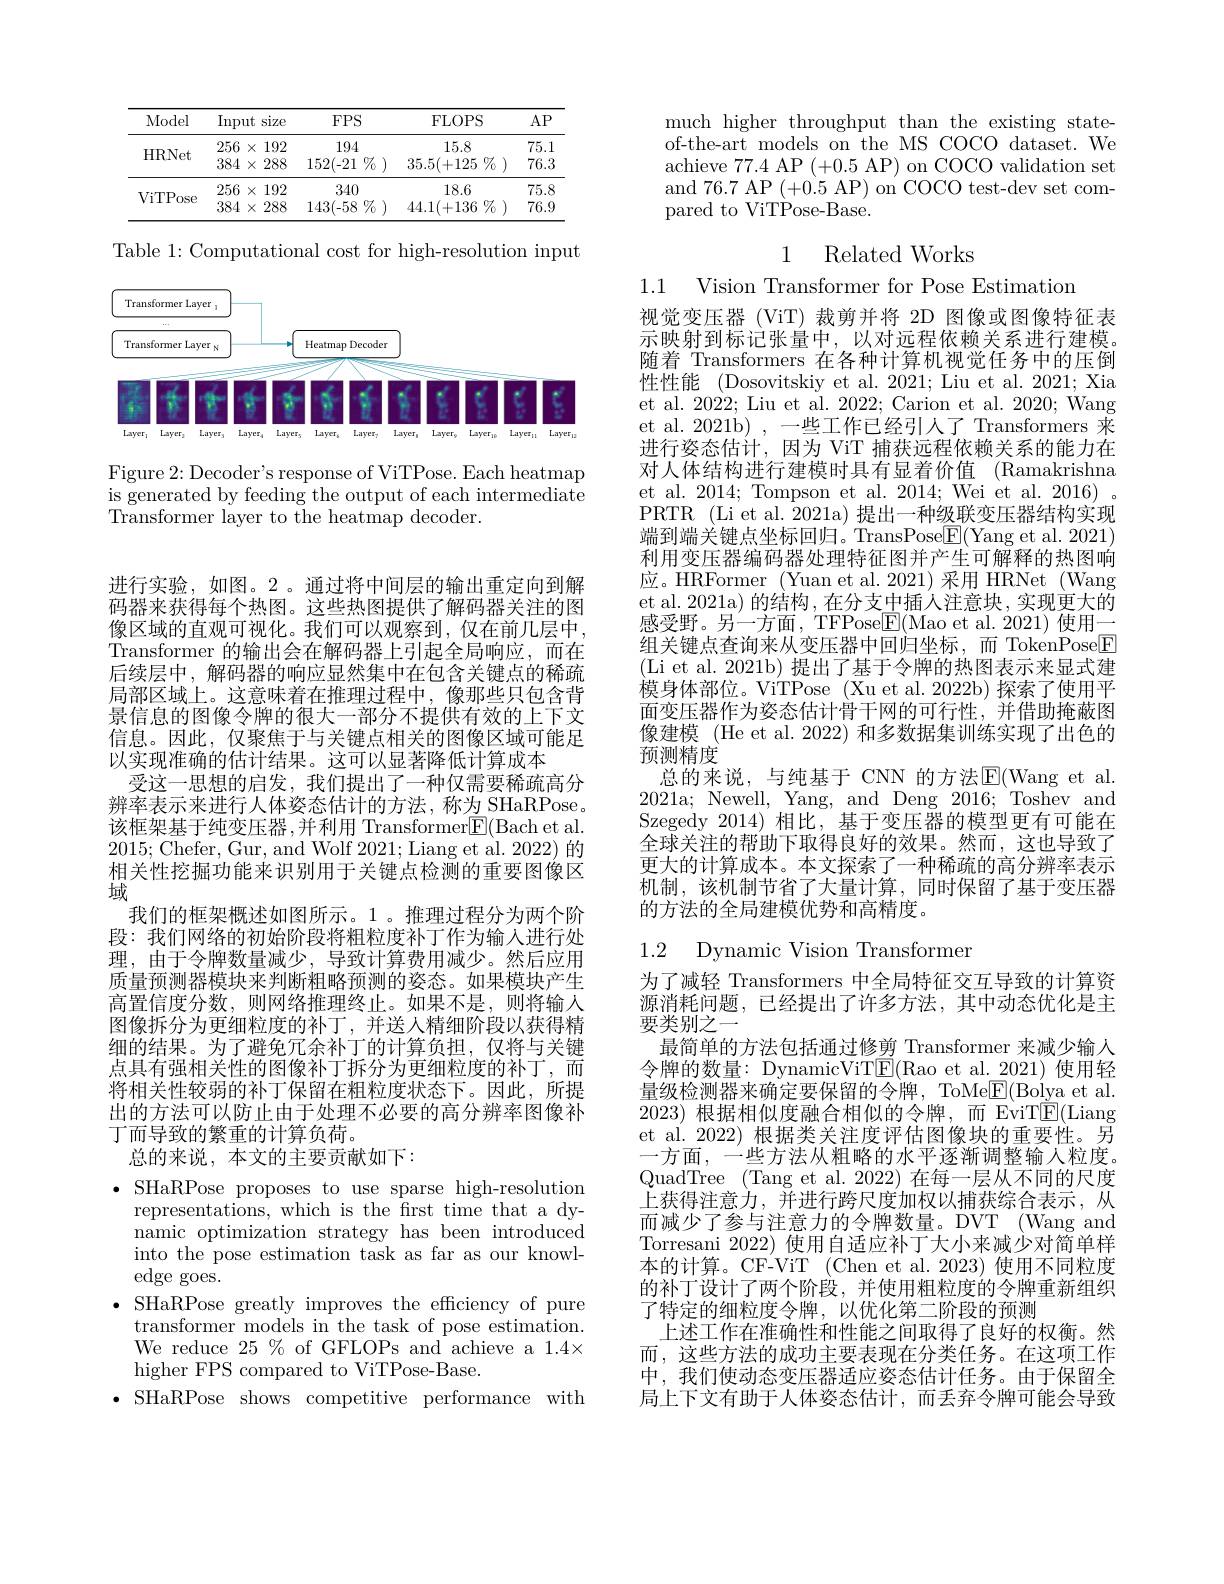
<table>
	<tbody>
		<tr>
			<th>Model</th>
			<th>$\operatorname{Inp}$</th>
			<th>$ut$ size</th>
			<th>$FPS$</th>
			<th>FLOPS</th>
			<th>$AP$</th>
		</tr>
		<tr>
			<td rowspan="2">HRNet</td>
			<td>256</td>
			<td>192 $X$</td>
			<td>194</td>
			<td>15.8</td>
			<td>75.1</td>
		</tr>
		<tr>
			<td>384</td>
			<td>288 $X$</td>
			<td>$\%$ 152(-21</td>
			<td>$\% 7_{0}$ ) 35.5(+125</td>
			<td>76.3</td>
		</tr>
		<tr>
			<td rowspan="2">ViTPose</td>
			<td>256</td>
			<td>192 $X$</td>
			<td>340</td>
			<td>18.6</td>
			<td>75.8</td>
		</tr>
		<tr>
			<td>384</td>
			<td>288 $X$</td>
			<td>143(-58 $3\%$</td>
			<td>$44.1(+136\%$ .</td>
			<td>76.9</td>
		</tr>
	</tbody>
</table>

Table 1: Computational cost for high-resolution input

<FigureHere>

Figure 2: Decoder's response of ViTPose. Each heatmap is generated by feeding the output of each intermediate $\bar{\text{Transformer layer to the heatmap decoder.}}$

进行实验，如图。2。通过将中间层的输出重定向到解码器来获得每个热图。这些热图提供了解码器关注的图像区域的直观可视化。我们可以观察到，仅在前几层中， Transformer 的输出会在解码器上引起全局响应，而在后续层中，解码器的响应显然集中在包含关键点的稀疏局部区域上。这意味着在推理过程中，像那些只包含背景信息的图像令牌的很大一部分不提供有效的上下文信息。因此，仅聚焦于与关键点相关的图像区域可能足以实现准确的估计结果。这可以显著降低计算成本
受这一思想的启发，我们提出了一种仅需要稀疏高分辨率表示来进行人体姿态估计的方法，称为 SHaRPose。该框架基于纯变压器，并利用 Transformer$\underline{\mathrm{E}}($Bach et al. 2015; Chefer, Gur, and Wolf 2021; Liang et al. 2022) 的相关性挖掘功能来识别用于关键点检测的重要图像区域
我们的框架概述如图所示。1 。推理过程分为两个阶段：我们网络的初始阶段将粗粒度补丁作为输入进行处理，由于令牌数量减少，导致计算费用减少。然后应用质量预测器模块来判断粗略预测的姿态。如果模块产生高置信度分数，则网络推理终止。如果不是，则将输入图像拆分为更细粒度的补丁，并送人精细阶段以获得精细的结果。为了避免冗余补丁的计算负担，仅将与关键点具有强相关性的图像补丁拆分为更细粒度的补丁，而将相关性较弱的补丁保留在粗粒度状态下。因此，所提出的方法可以防止由于处理不必要的高分辨率图像补丁而导致的繁重的计算负荷。
总的来说，本文的主要贡献如下：

$\bullet$ SHaRPose proposes to use sparse high-resolution
representations, which is the frst time that a dynamic optimization strategy has been introduced into the pose estimation task as far as our knowledge goes.
$\bullet$ SHaRPose greatly improves the efficiency of pure
transformer models in the task of pose estimation. We reduce 25 % of GFLOPs and achieve a 1.4× higher FPS compared to ViTPose-Base.
$\bullet$ SHaRPose shows competitive performance with

much higher throughput than the existing stateof-the-art models on the MS COCO dataset. We $\begin{array}{c}{\mathrm{achieve~77.4~AP~(+0.5~AP)~on~COCO~validation~set}}\\{\mathrm{achieve~77.4~AP~(+0.5~AP)~on~COCO~validation~set}}\\{\mathrm{achieve~77.4~AP~(+0.5~AP)~on~COCO~validaction~set}}\\{\mathrm{achieve~77.4~AP~(-0.5~AP)~COCO~validation~set}}\end{array}$ and 76.7 AP (+0.5 AP) on COCO test-dev set compared to ViTPose-Base.

1 Related Works

1.1

Vision Transformer for Pose Estimation
视觉变压器 (ViT) 裁剪并将 2D 图像或图像特征表示映射到标记张量中，以对远程依赖关系进行建模。随着 Transformers 在各种计算机视觉任务中的压倒性性能 (Dosovitskiy et al. 2021; Liu et al. 2021; Xia et al. 2022; Liu et al. 2022; Carion et al. 2020; Wang et al. 2021b) , 一些工作已经引人了 Transformers 来进行姿态估计，因为 ViT 捕获远程依赖关系的能力在对人体结构进行建模时具有显着价值 (Ramakrishna et al. 2014; Tompson et al. 2014; Wei et al. 2016) . PRTR (Li et al. 2021a) 提出一种级联变压器结构实现端到端关键点坐标回归。TransPose$\underline{\mathrm{E}}($Yang et al. 2021) 利用变压器编码器处理特征图并产生可解释的热图响应。HRFormer (Yuan et al. 2021) 采用 HRNet (Wang et al. 2021a) 的结构 ,在分支中插人注意块，实现更大的感受野。另一方面，TFPose$\underline{\mathrm{E}}($Mao et al.2021) 使用一组关键点查询来从变压器中回归坐标，而 TokenPose$\boxed{\mathrm{F}}$ (Li et al. 2021b) 提出了基于令牌的热图表示来显式建模身体部位。ViTPose (Xu et al. 2022b) 探索了使用平面变压器作为姿态估计骨干网的可行性，并借助掩蔽图像建模 (He et al. 2022) 和多数据集训练实现了出色的预测精度
总的来说，与纯基于 CNN 的方法$\operatorname{E}($Wang et al. 2021a; Newell, Yang, and Deng 2016; Toshev and Szegedy 2014)相比，基于变压器的模型更有可能在全球关注的帮助下取得良好的效果。然而，这也导致了更大的计算成本。本文探索了一种稀疏的高分辨率表示机制，该机制节省了大量计算，同时保留了基于变压器的方法的全局建模优势和高精度。

# 1.2 Dynamic Vision Transformer

为了减轻 Transformers 中全局特征交互导致的计算资源消耗问题，已经提出了许多方法，其中动态优化是主要类别之一
最简单的方法包括通过修剪 Transformer 来减少输人令牌的数量：DynamicViT$\underline{\mathrm{E}}($Rao et al.2021)使用轻量级检测器来确定要保留的令牌，ToMe$\underline{\mathrm{E}}($Bolya et al. 2023)根据相似度融合相似的令牌，而 EviT$\underline{\mathrm{E}}($Liang et al. 2022) 根据类关注度评估图像块的重要性。另一方面，一些方法从粗略的水平逐渐调整输人粒度。QuadTree (Tang et al. 2022) 在每一层从不同的尺度上获得注意力，并进行跨尺度加权以捕获综合表示，从而减少了参与注意力的令牌数量。DVT (Wang and Torresani 2022)使用自适应补丁大小来减少对简单样本的计算。CF-ViT (Chen et al.2023) 使用不同粒度的补丁设计了两个阶段，并使用粗粒度的令牌重新组织了特定的细粒度令牌，以优化第二阶段的预测
上述工作在准确性和性能之间取得了良好的权衡。然而，这些方法的成功主要表现在分类任务。在这项工作中，我们使动态变压器适应姿态估计任务。由于保留全局上下文有助于人体姿态估计，而丢弃令牌可能会导致